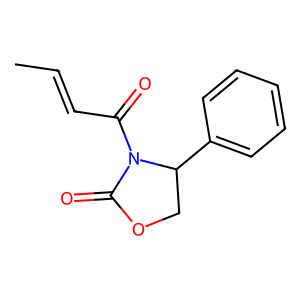
SMILES: CC=CC(=O)N1C(=O)OCC1c1ccccc1
Inhibits HIV replication: No